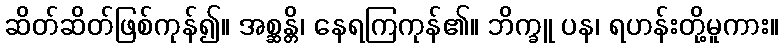
ဆိတ်ဆိတ်ဖြစ်ကုန်၍။ အစ္ဆန္တိ၊ နေရကြကုန်၏။ ဘိက္ခူ ပန၊ ရဟန်းတို့မူကား။